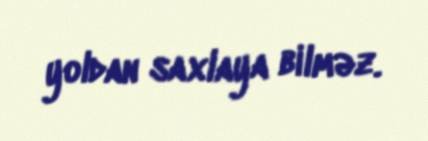
yoldan saxlaya bilməz.